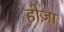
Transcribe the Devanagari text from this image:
होज़ा